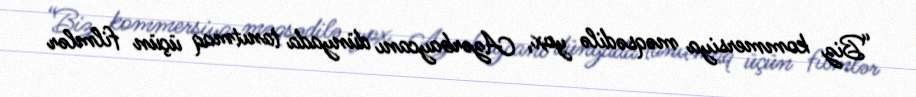
“Biz kommersiya məqsədilə yox, Azərbaycanı dünyada tanıtmaq üçün filmlər